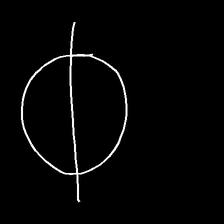
Glyph: orb